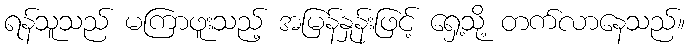
ရန်သူသည် မကြာဖူးသည့် အမြန်နှုန်းဖြင့် ရှေ့သို့ တက်လာနေသည်။